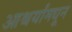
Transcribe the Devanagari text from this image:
आश्चर्यांमधून